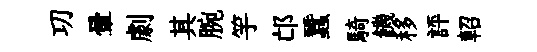
㓛暈劇其腕竽邙蠶騎饑移評軺